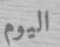
اليوم